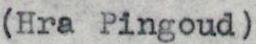
(Hra Pingoud)